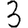
Digit: 3